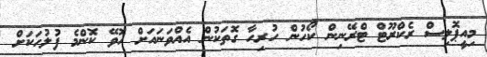
މިއީޕޮލިސް ރެކްރޫޓް ޓްރޭނިން ކޯހުން ހުރިހާ ގޮތަކުން އެއްވަނައަށް ހޮވޭ ކޮންމެ ފުލުހަކަށް